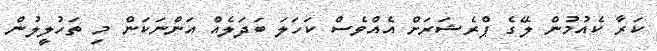
ކަރާ ކެއުމުން ލޭގެ ޕްރެޝަރަށް އެއްވެސް ކަހަލަ ބަދަލެއް އަންނަކަން މި ތަހުލީލުން